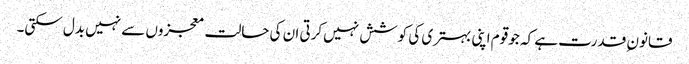
قانون ِ قدرت ہے کہ جو قوم اپنی بہتری کی کوشش نہیں کرتی ان کی حالت معجزوں سے نہیں بدل سکتی۔